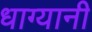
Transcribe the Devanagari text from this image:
धाग्यानी